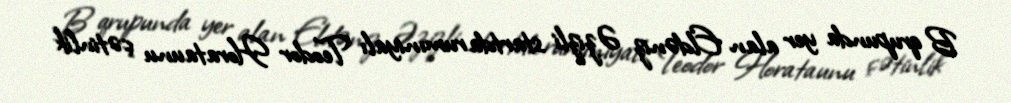
B qrupunda yer alan Eldəniz Əzizli startda rumıniyalı Teodor Horataunu çətinlik